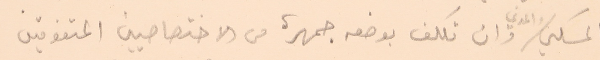
السكني والمدني وان تكلف بوضعه جمهرة من الاختصاصيين المتفوقين